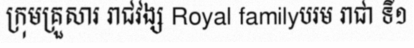
ក្រុមគ្រួសារ រាជវង្ស Royal familyបរម រាជា ទី១